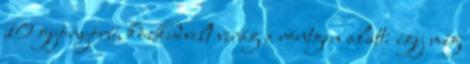
10 gyönyörű, közkedvelt virág a röntgen alatt: így még